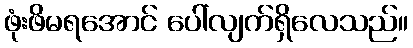
ဖုံးဖိမရအောင် ပေါ်လျက်ရှိလေသည်။